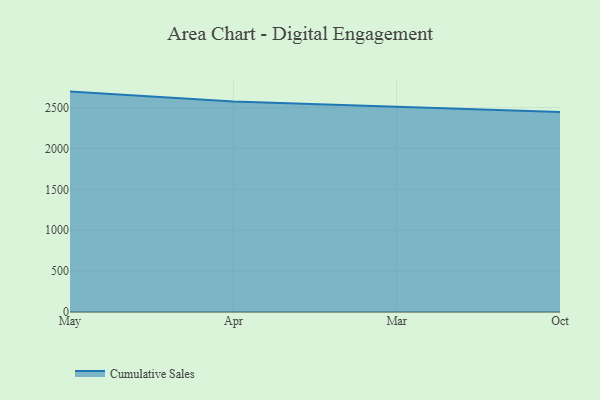
{"axis": {"x": "Month", "y": "Backlog"}, "legend": ["Cumulative Sales"], "data": [{"x": "May", "y": 2696.2, "type": "Cumulative Sales"}, {"x": "Apr", "y": 2575.9, "type": "Cumulative Sales"}, {"x": "Mar", "y": 2511.7, "type": "Cumulative Sales"}, {"x": "Oct", "y": 2446.7, "type": "Cumulative Sales"}]}